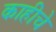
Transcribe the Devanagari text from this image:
काहीचे